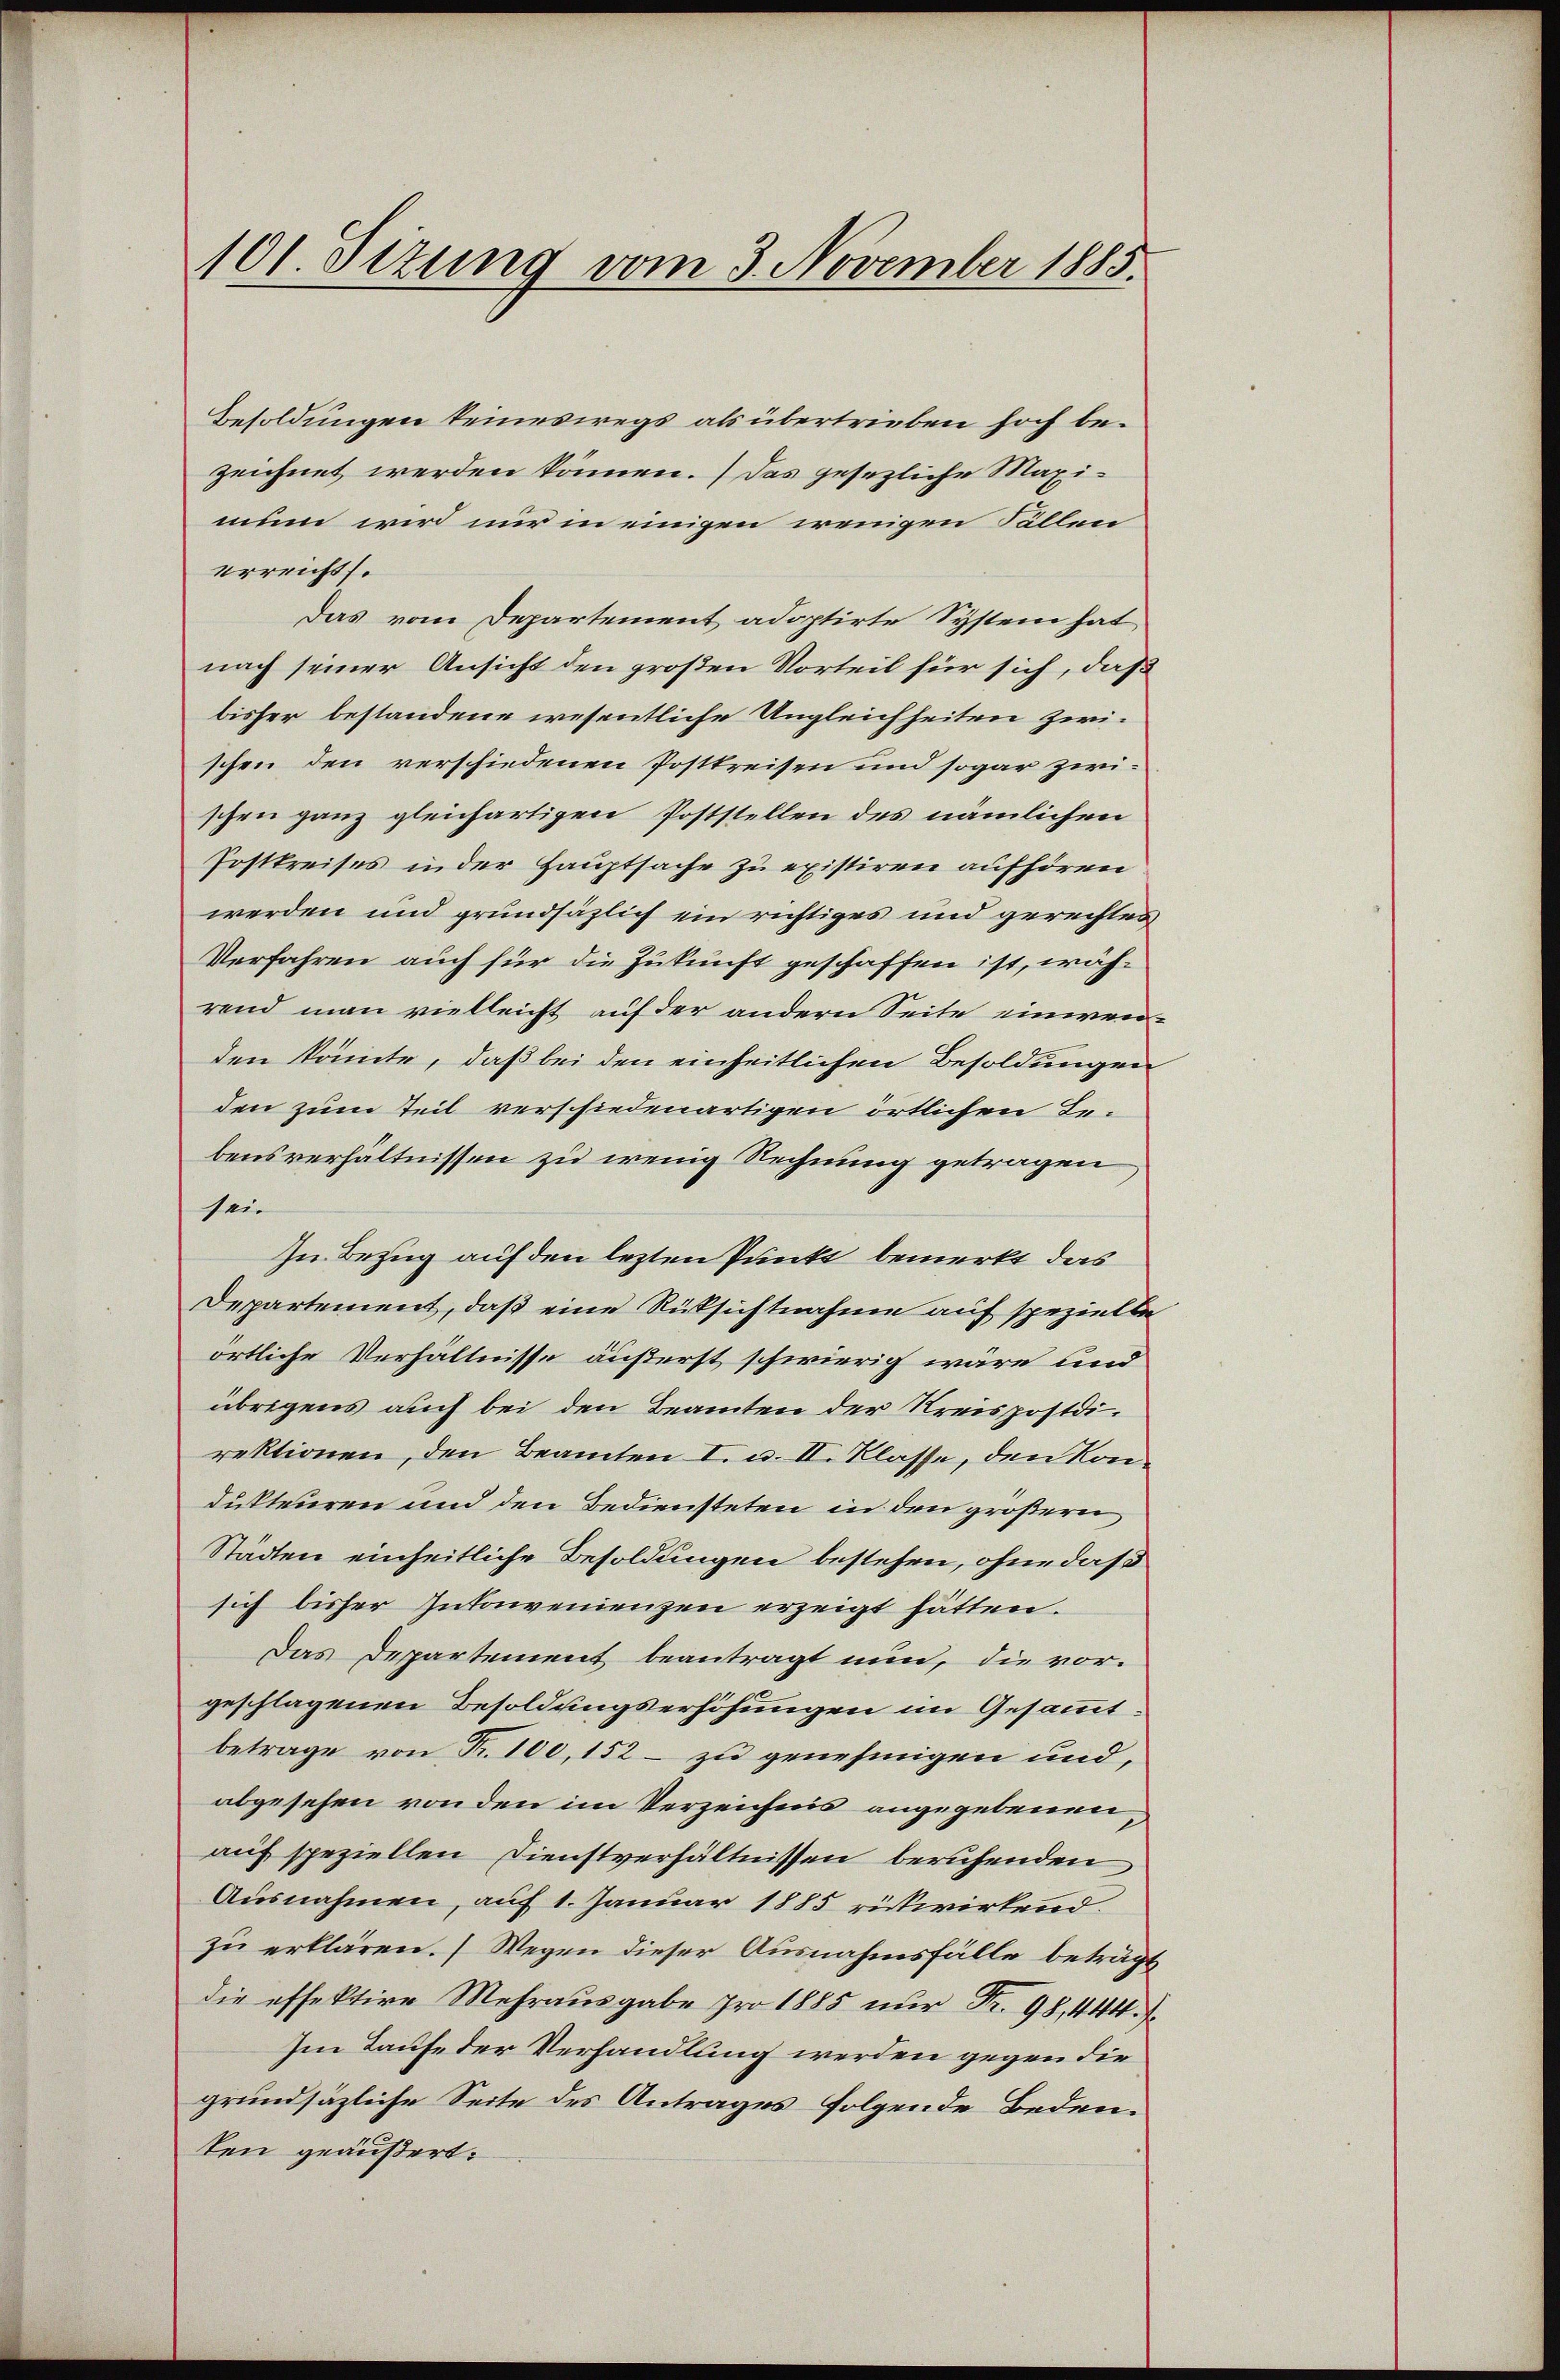
Besoldungen keineswegs als übertrieben hoch bezeichnet werden können. Das gesezliche Maximun wird nur in einigen wenigen Fällen
erreichts.
Das vom Departement adoptirte System hat
nach seiner Ansicht den großen Vorteil für sich, daß
bisher bestandene wesentliche Ungleichheiten zwi-
schen den verschiedenen Postkreisen und sogar zwischen ganz gleichartigen Poststellen des nämlichen
Postkreises in der Hauptsache zu existiren aufhören
werden und grundsäzlich ein richtiges und gerechtes
Verfahren auch für die Zukunft geschaffen ist, während man vielleicht auf der andern Seite einwenden könnte, daß bei den einheitlichen Besoldungen
den zum Teil verschiedenartigen örtlichen Bebensverhältnissen zu wenig Rechnung getragen
sei¬
In Bezug auf den lezten Punkt bemerkt, das
Departement, daß eine Rüksichtnahme auf spezielte
örtliche Verhältnisse äußerst schwierig wäre und
übrigens auch bei den Beamten der Kreispostdirektionen, den Beamten I. u. II. Klasse, den Kondukteuren und den Bediensteten in den größern
Städten einheitliche Besoldungen bestehen, ohne daß
sich bisher Inkonvenienzen erzeigt hätten.
Das Departement beantragt nun, die vor-
geschlagenen Besoldungserhöhungen im Gesammtbetrage von Fr. 100, 152 – zu genehmigen und,
abgesehen von den im Verzeichnis angegebenen,
auf speziellen Dienstverhältnissen beruhenden
Ausnahmen, auf 1. Januar 1885 rückwirkend.
zu erklären. Wegen dieser Ausnahmsfälle beträgt
die offektive Mehrausgabe pro 1885 nur Fr. 98, 444.
Im Laufe der Verhandlung werden gegen die
grundsäzliche Seite des Antrages folgende Bedeuten geäußert.

101. Sizung vom 3. November 1885.